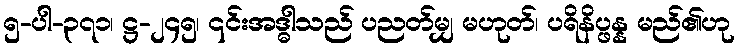
၅-ပါ-၃၇၁၊ ဋ္ဌ-၂၄၅၊ ၎င်းအဒ္ဓါသည် ပညတ်မျှ မဟုတ်၊ ပရိနိပ္ဖန္န မည်၏ဟု